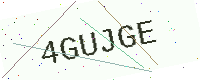
Text: 4GUJGE